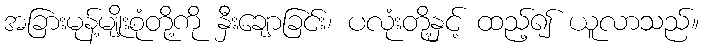
အခြားမုန့်မျိုးစုံတို့ကို နှီးချောခြင်း၊ ပလုံးတို့နှင့် ထည့်၍ ယူလာသည်။